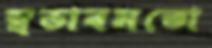
স্বভাবমতো